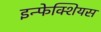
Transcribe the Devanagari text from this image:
इन्फेक्शियस